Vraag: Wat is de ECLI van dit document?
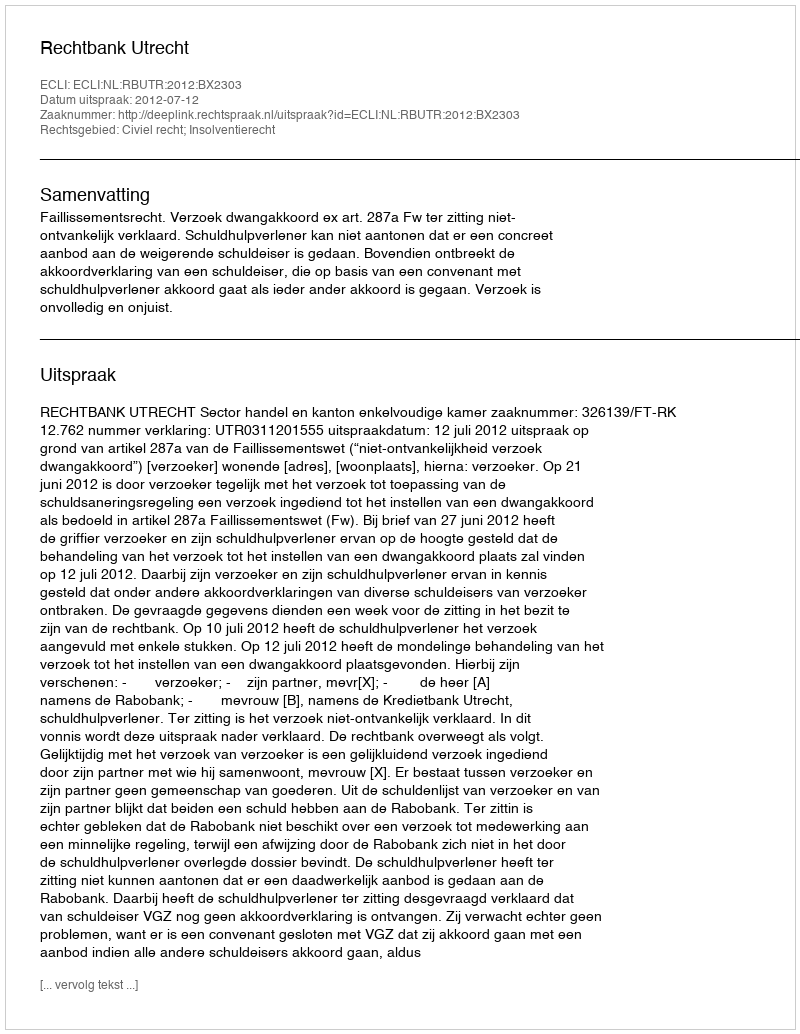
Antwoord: ECLI:NL:RBUTR:2012:BX2303